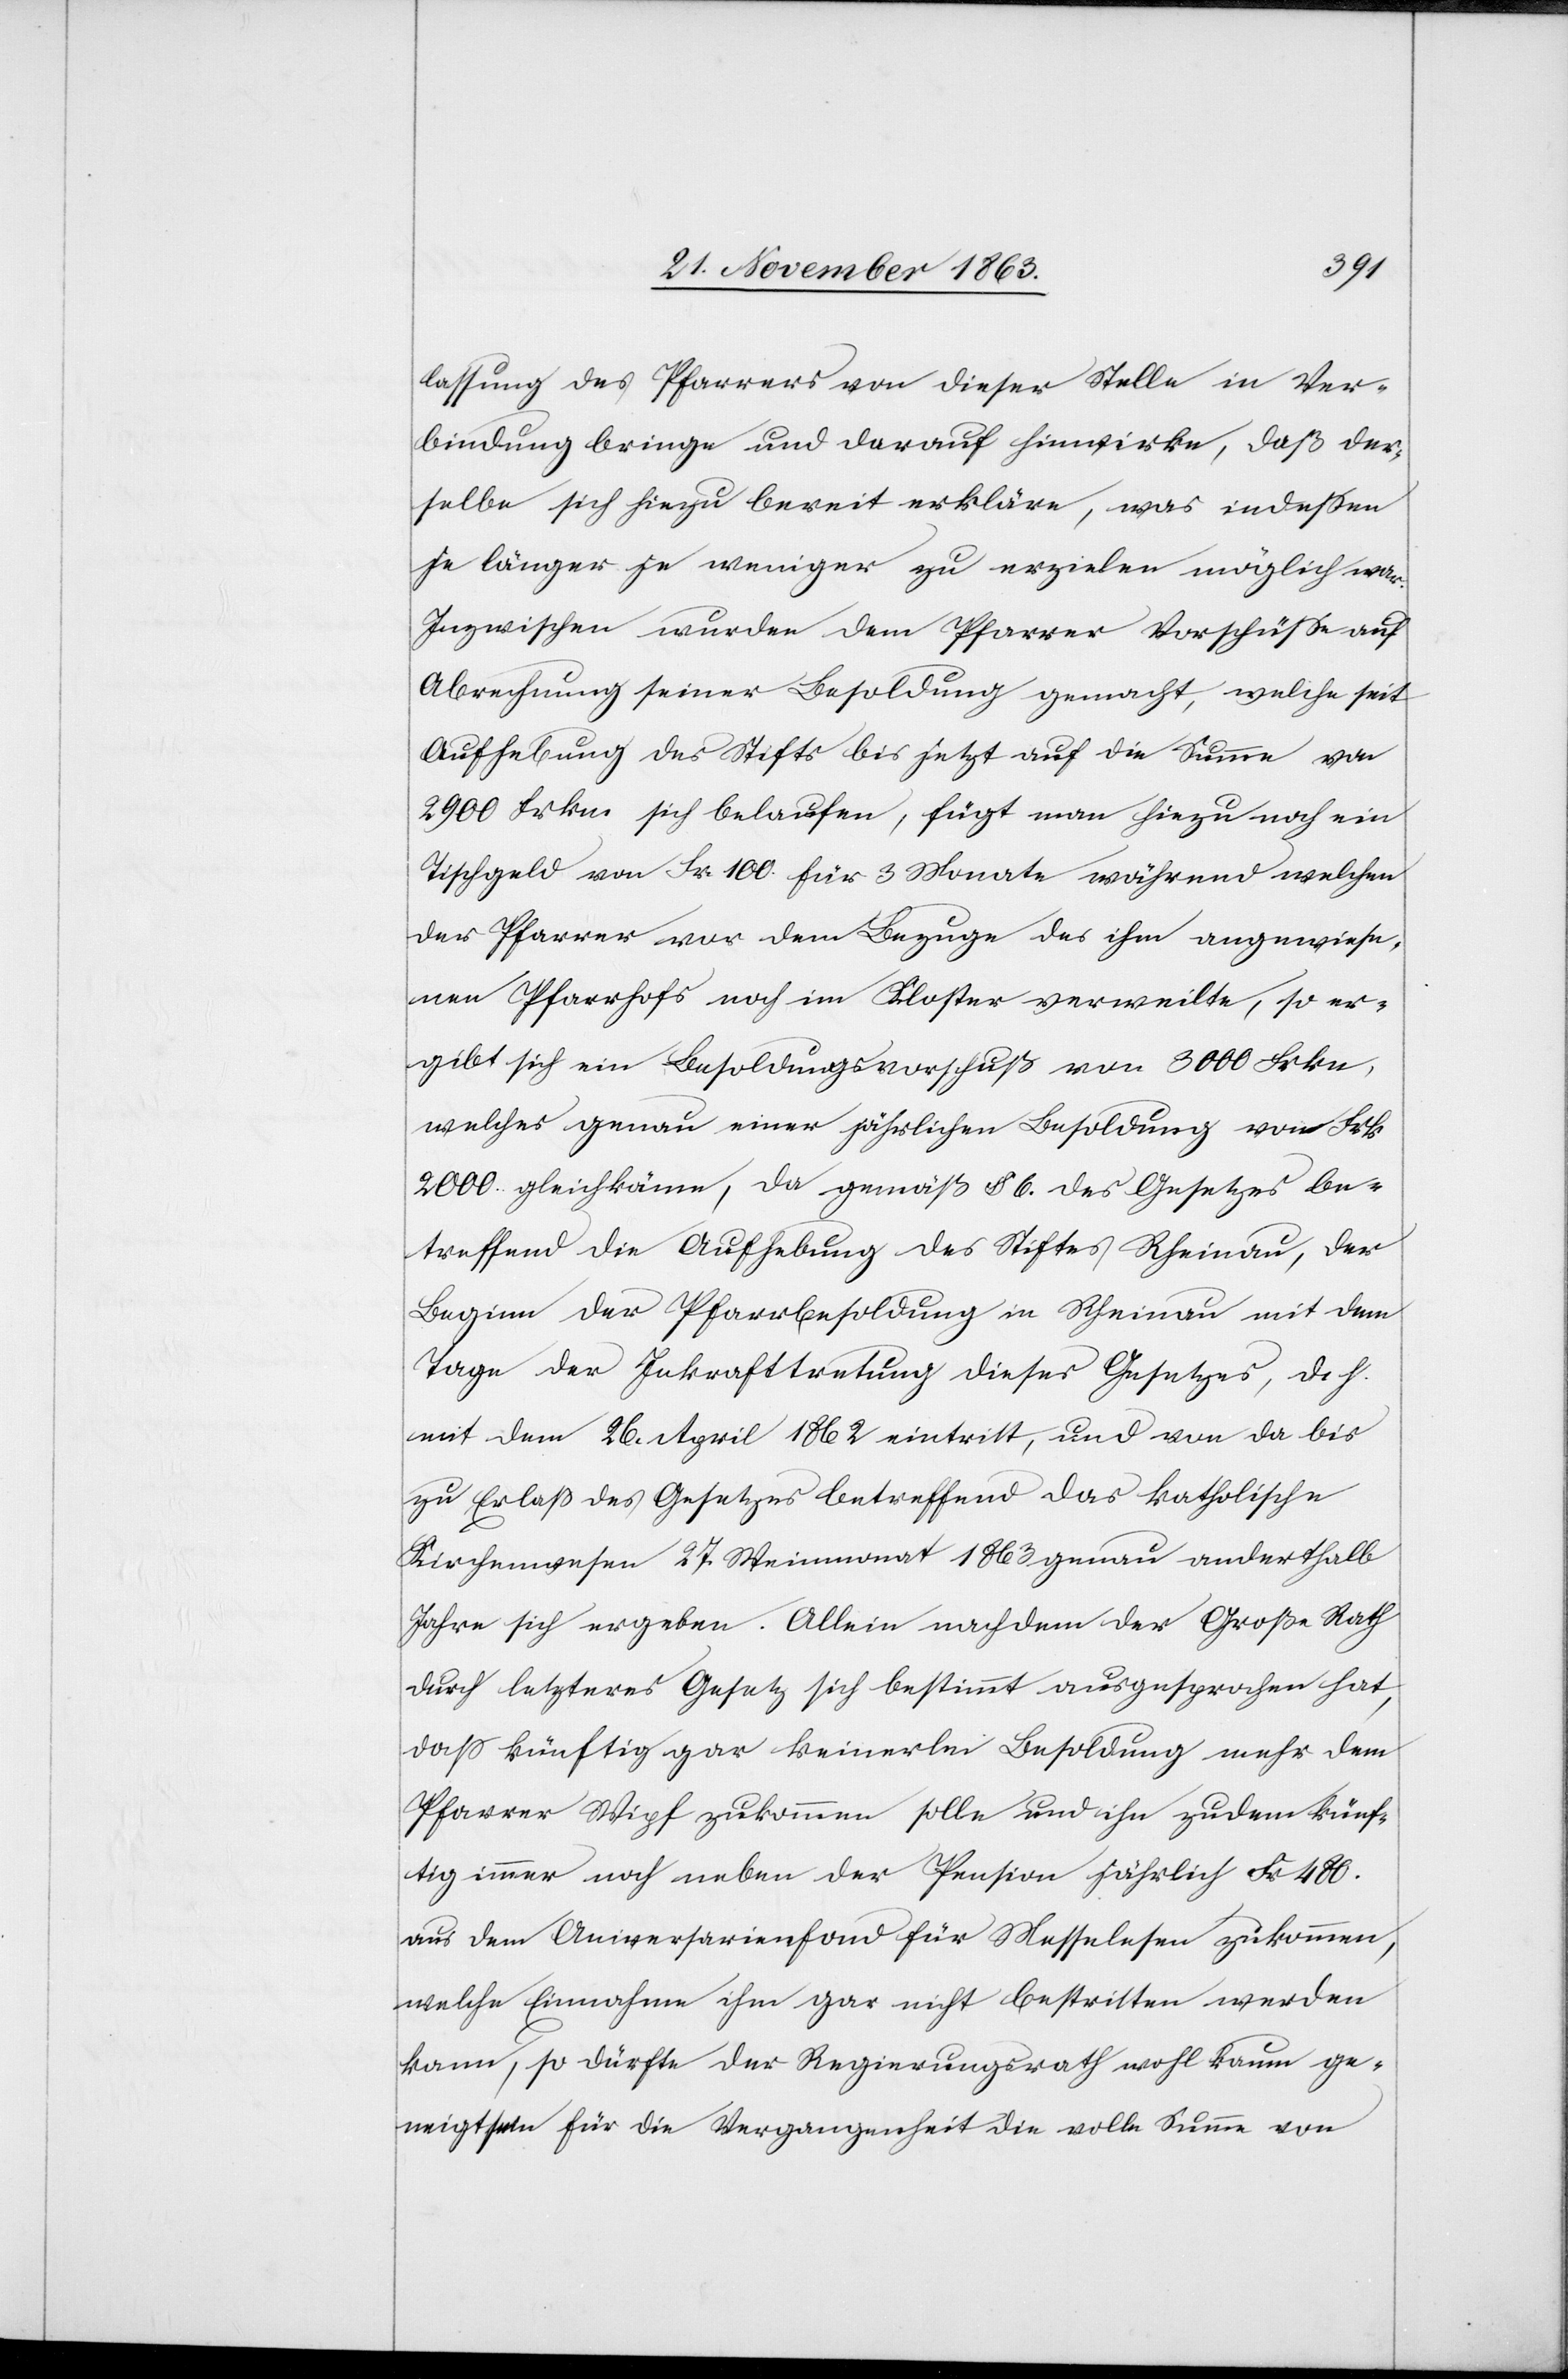
lassung des Pfarrers von dieser Stelle in Ver¬
bindung bringe und darauf hinwirke, daß der¬
selbe sich hiezu bereit erkläre, was indessen
je länger je weniger zu erzielen möglich war.
Inzwischen wurden dem Pfarrer Vorschüsse auf
Abrechnung seiner Besoldung gemacht, welche seit
Aufhebung des Stifts bis jetzt auf die Summe von
2900 Frkn. sich belaufen, fügt man hiezu noch ein
Tischgeld von Fr. 100. für 3 Monate während welchen
der Pfarrer vor dem Bezuge des ihm angewiese¬
nen Pfarrhofs noch im Kloster verweilte, so er¬
gibt sich ein Besoldungsvorschuß von 3000 Frkn,
welches genau einer jährlichen Besoldung von Frk
2000. gleichkäme, da gemäß § 6. des Gesetzes be¬
treffend die Aufhebung des Stiftes Rheinau, der
Beginn der Pfarrbesoldung in Rheinau mit dem
Tage der Inkrafttretung dieses Gesetzes, d h.
mit dem 26. April 1862 eintritt, und von da bis
zu Erlaß des Gesetzes betreffend das katholische
Kirchenwesen 27. Weinmonat 1863 genau anderthalb
Jahre sich ergeben. Allein nachdem der Große Rath
durch letzteres Gesetz sich bestimmt ausgesprochen hat,
dass künftig gar keinerlei Besoldung mehr dem
Pfarrer Wipf zukommen solle und ihn [sic!] zudem künf¬
tig immer noch neben der Pension jährlich Fr 480.
aus dem Aniversarienfond für Messelesen zukommen,
welche Einnahme ihm gar nicht bestritten werden
kann, so dürfte der Regierungsrath wohl kaum ge¬
neigt sein für die Vergangenheit die volle Summe von